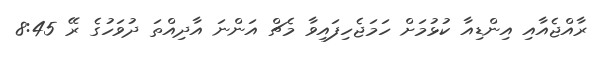
ރާއްޖެއާއި އިންޑިއާ ކުޅުމަށް ހަމަޖެހިފައިވާ މެޗް އަންނަ އާދިއްތަ ދުވަހުގެ ރޭ 8:45